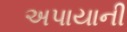
અપાયાની